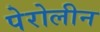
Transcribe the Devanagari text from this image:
पेरोलीन